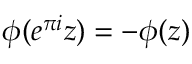
\phi ( e ^ { \pi i } z ) = - \phi ( z )